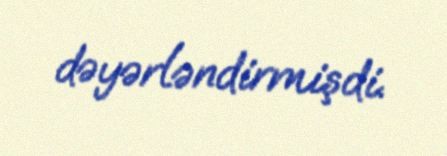
dəyərləndirmişdi.